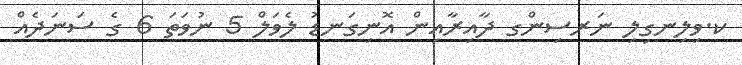
ކ.ވިލިނގިލި ނަރސިންގ ދާއިރާއިން އޮނިގަނޑު ލެވަލް 5 ނުވަތަ 6 ގެ ސަނަދެއް